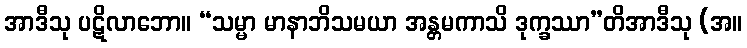
အာဒီသု ပဋိလာဘော။ “သမ္မာ မာနာဘိသမယာ အန္တမကာသိ ဒုက္ခဿာ”တိအာဒီသု (အ။